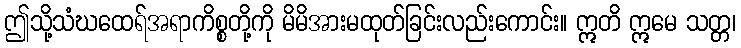
ဤသို့သံဃထေရ်အရာကိစ္စတို့ကို မိမိအားမထုတ်ခြင်းလည်းကောင်း။ ဣတိ ဣမေ သတ္တ၊